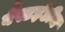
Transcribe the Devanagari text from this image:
वैस्टइंडीज